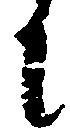
に